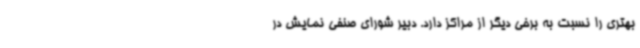
بهتری را نسبت به برخی دیگر از مراکز دارد. دبیر شورای صنفی نمایش در